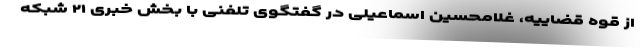
از قوه قضاییه، غلامحسین اسماعیلی در گفتگوی تلفنی با بخش خبری ۲۱ شبکه